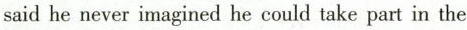
said he never imagined he could take part in the